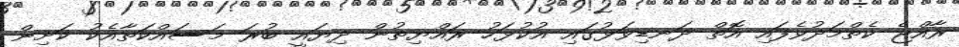
ރާއްޖެ ކެތްމަދުވެފައި އޮތް ދަނޑިވަޅުގައި އުކުޅަހު ރައްޔިތުން ދިޔައީ ބުރަ މަސައްކަތާއެކު ކަށިން